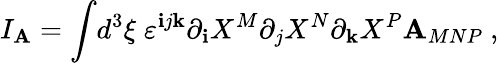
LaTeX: I_{\mathbf{A}}=\int\! d^{3}\xi\; \varepsilon^{\mathbf{i}j\mathbf{k}}\partial_{\mathbf{i}}X^{M}\partial_{j}X^{N}\partial_{\mathbf{k}}X^{P}\mathbf{A}_{MNP}\ ,